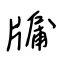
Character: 牖